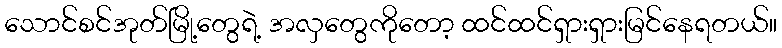
သောင်စင်အုတ်မြို့တွေရဲ့ အလှတွေကိုတော့ ထင်ထင်ရှားရှားမြင်နေရတယ်။